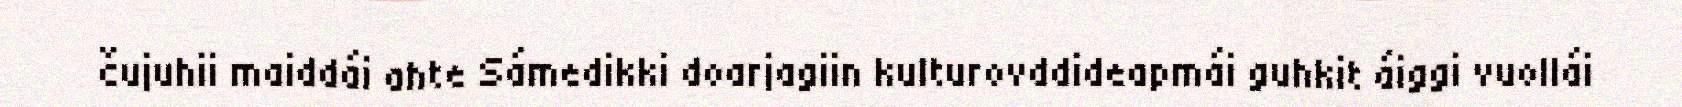
čujuhii maiddái ahte Sámedikki doarjagiin kulturovddideapmái guhkit áiggi vuollái